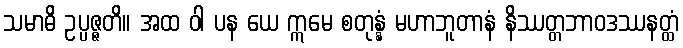
သမာဓိ ဥပ္ပဇ္ဇတိ။ အထ ဝါ ပန ယေ ဣမေ စတုန္နံ မဟာဘူတာနံ နိဿတ္တဘာဝဒဿနတ္ထံ